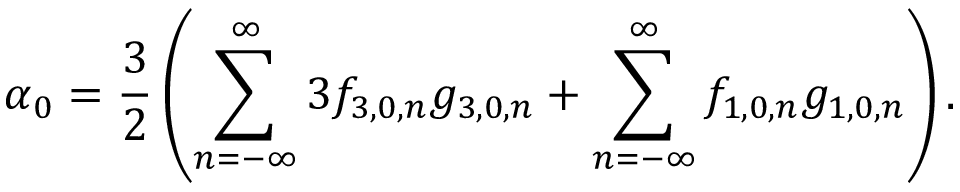
\displaystyle \alpha _ { 0 } = \frac { 3 } { 2 } \left( \sum _ { n = - \infty } ^ { \infty } { 3 f _ { 3 , 0 , n } g _ { 3 , 0 , n } } + \sum _ { n = - \infty } ^ { \infty } { f _ { 1 , 0 , n } g _ { 1 , 0 , n } } \right) .